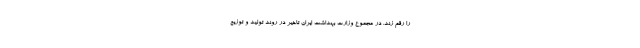
را رقم زند. در مجموع وزارت بهداشت ایران تاخیر در روند تولید و توزیع